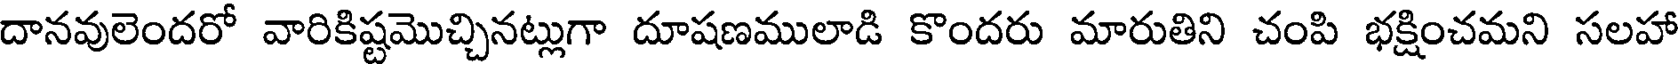
దానవులెందరో వారికిష్టమొచ్చినట్లుగా దూషణములాడి కొందరు మారుతిని చంపి భక్షించమని సలహా